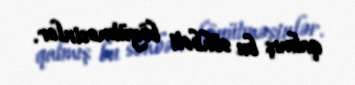
qalmış bu söhbəti böyütməsinlər.